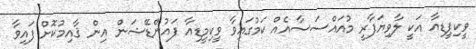
ވީކިޕީޑިއާ އަކީ ލާވިޔަފާރީ މުއައްސަސާއެއް ކަމުގައިވާ ވީކިމީޑިއާ ފައުންޑޭޝަން އިން ޤާއިމުކޮށް ފައިވާ